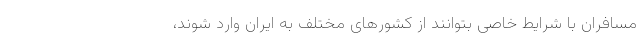
مسافران با شرایط خاصی بتوانند از کشورهای مختلف به ایران وارد شوند،